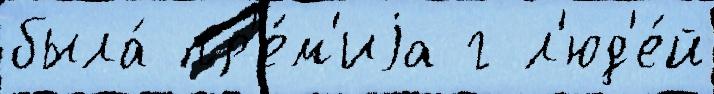
была́ пр'е́м'иjа г л'юд'е́й